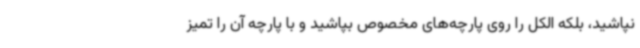
نپاشید، بلکه الکل را روی پارچه‌های مخصوص بپاشید و با پارچه آن را تمیز